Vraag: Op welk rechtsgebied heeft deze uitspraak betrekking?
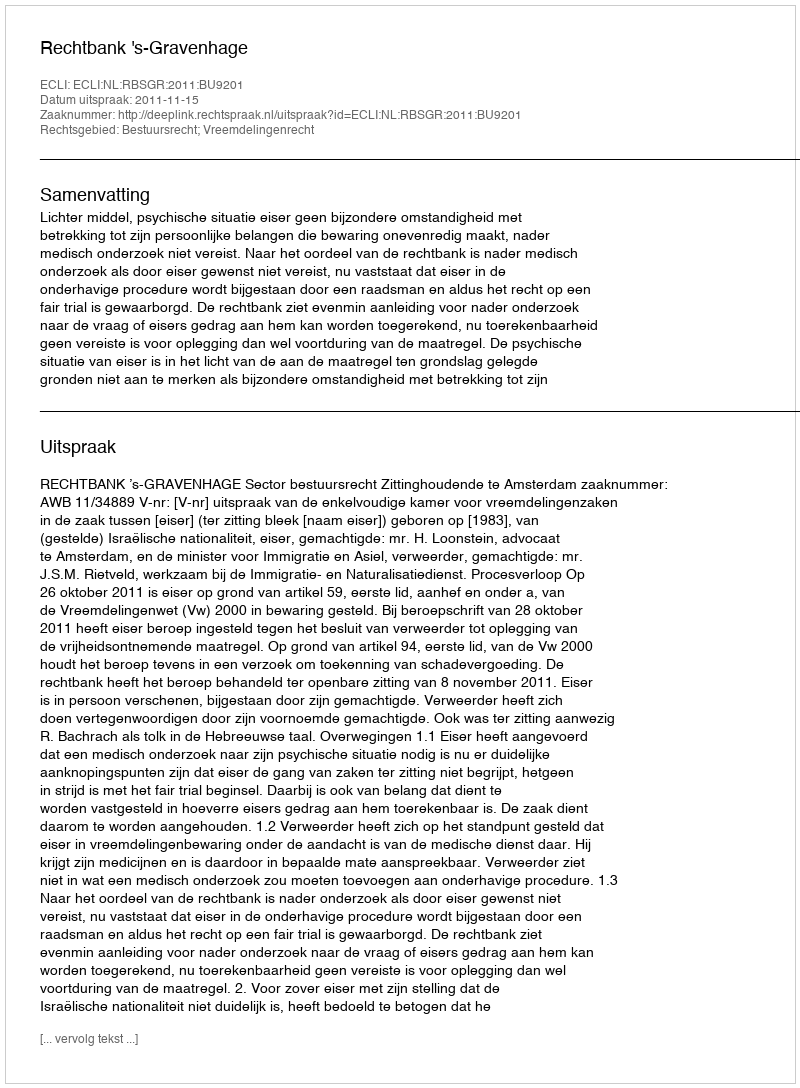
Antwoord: Bestuursrecht; Vreemdelingenrecht